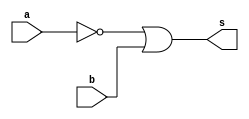
//GuiaCincoQuestaoUm
//Nome: Victor Leite de Andrade
//------------------------------

module a(output s, input a,input b);

wire not_a;
not NOT1(not_a,a);
or OR1(s,not_a,b);

endmodule

module b(output s,input a,input b);

assign s = a | b;

endmodule

module GuiaCincoQuestaoUm;

reg x;
reg y;
wire a,b;
a moduloA(a,x,y);
b moduloB(b,x,y);

initial
begin:main
	$display("Exemplo_0502 - Victor Leite de Andrade - 656016");
	$display("   x    y    a    b");
	$monitor("%4b %4b %4b %4b",x,y,a,b);
	x = 1'b0; y = 1'b0;
	#1 x = 1'b0; y = 1'b1;
	#1 x = 1'b1; y = 1'b0;
	#1 x = 1'b1; y = 1'b1;
end
endmodule